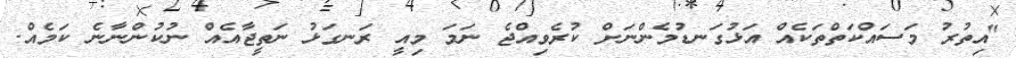
"އިތުރު މަސައްކަތްތަކެއް އަޅުގަނޑުމެންނަށް ކުރެވިއްޖެ ނަމަ މިއީ ރަނގަޅު ނަތީޖާއެއް ނުކުންނާނެ ކަމެއް.